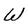
Character: W